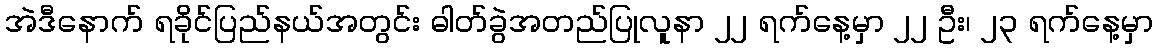
အဲဒီနောက် ရခိုင်ပြည်နယ်အတွင်း ဓါတ်ခွဲအတည်ပြုလူနာ ၂၂ ရက်နေ့မှာ ၂၂ ဦး၊ ၂၃ ရက်နေ့မှာ